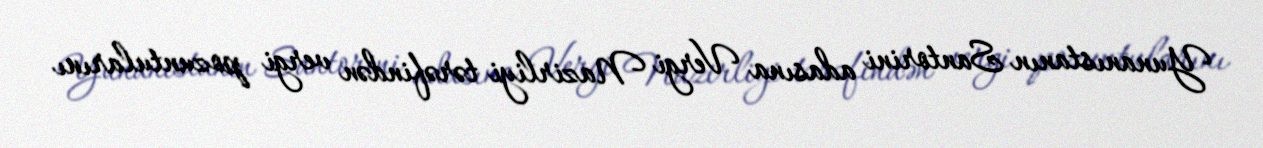
Yunanıstanın Santorini adasına Vergi Nazirliyi tərəfindən vergi pozuntularını